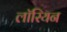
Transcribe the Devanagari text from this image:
लॉरियन